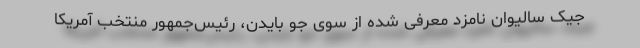
جیک سالیوان نامزد معرفی شده از سوی جو بایدن، رئیس‌جمهور منتخب آمریکا